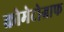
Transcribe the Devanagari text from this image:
क्रोमेटोग्राफ